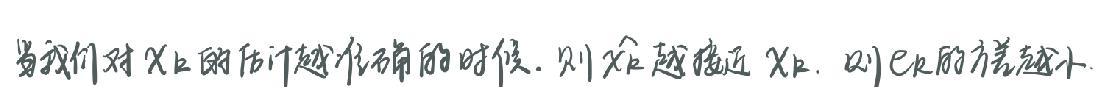
当我们对$X_k$的估计越准确的时候. 则$\hat{x}_k$越接近$X_k$. 则$e_k$的方差越小.